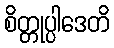
စိတ္တုပ္ပါဒေတိ